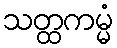
သတ္ထကမ္မံ